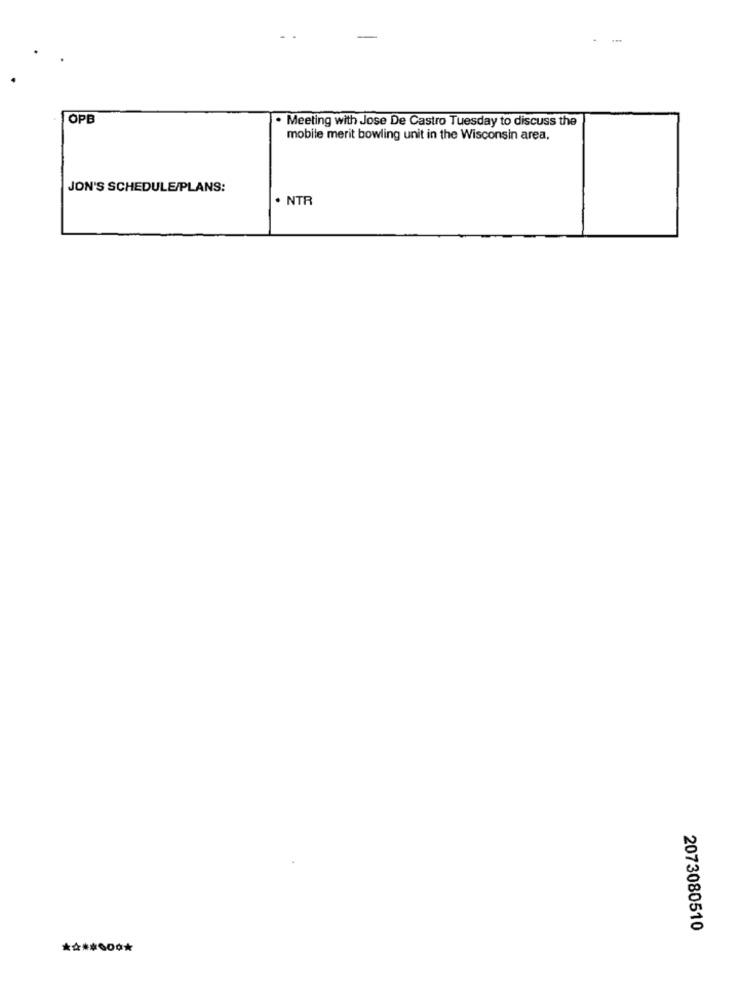
OPB
· Meeting with Jose De Castro Tuesday to discuss the
mobile merit bowling unit in the Wisconsin area,
JON'S SCHEDULE/PLANS:
· NTR
2073080510